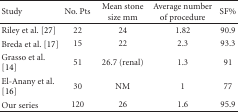
<table><thead><tr><td><b>Study</b></td><td><b>No. Pts</b></td><td><b>Mean stone size mm</b></td><td><b>Average number of procedure</b></td><td><b>SF%</b></td></tr></thead><tbody><tr><td> Riley et al. [27]</td><td>22</td><td>24</td><td>1.82</td><td>90.9</td></tr><tr><td> Breda et al. [17]</td><td>15</td><td>22</td><td>2.3</td><td>93.3</td></tr><tr><td> Grasso et al. [14]</td><td>51</td><td>26.7 (renal)</td><td>1.3</td><td>91</td></tr><tr><td> El-Anany et al. [16]</td><td>30</td><td>NM</td><td>1</td><td>77</td></tr><tr><td> Our series</td><td>120</td><td>26</td><td>1.6</td><td>95.9</td></tr></tbody></table>